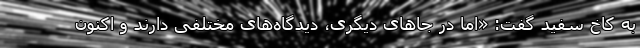
به کاخ سفید گفت: «اما در جاهای دیگری، دیدگاه‌های مختلفی دارند و اکنون